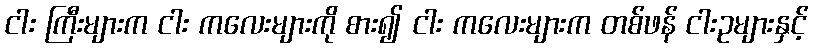
ငါး ကြီးများက ငါး ကလေးများကို စား၍ ငါး ကလေးများက တစ်ဖန် ငါးဥများနှင့်